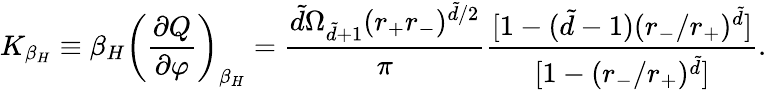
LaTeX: K_{\beta_{H}}\equiv\beta_{H}\left(\frac{\partial Q}{\partial\varphi}\right)_{\beta_{H}}=\frac{\tilde{d}\Omega_{\tilde{d}+1}(r_{+}r_{-})^{\tilde{d}/2}}{\pi}\frac{[1-(\tilde{d}-1)(r_{-}/r_{+})^{\tilde{d}}]}{[1-(r_{-}/r_{+})^{\tilde{d}}]}.